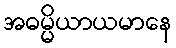
အဓမ္မိယာယမာနေ